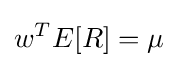
w^{T}E[R]=\mu